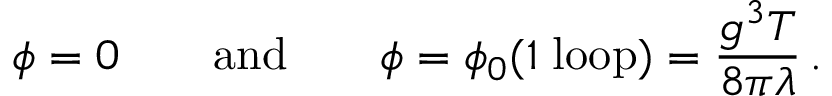
\phi = 0 \qquad \mathrm { a n d } \qquad \phi = \phi _ { 0 } ( 1 \; \mathrm { l o o p } ) = \frac { g ^ { 3 } T } { 8 \pi \lambda } \, .